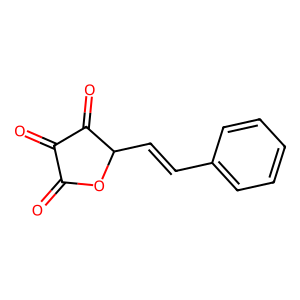
SMILES: O=C1OC(C=Cc2ccccc2)C(=O)C1=O
Inhibits HIV replication: No